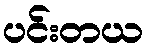
ပင်းတယ